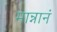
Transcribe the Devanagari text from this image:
मान्नानं